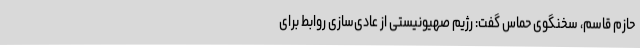
حازم قاسم، سخنگوی حماس گفت: رژیم صهیونیستی از عادی‌سازی روابط برای